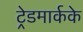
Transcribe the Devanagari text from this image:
ट्रेडमार्कके